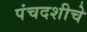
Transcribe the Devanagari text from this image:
पंचदशीचे